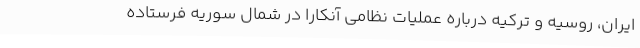
ایران، روسیه و ترکیه درباره عملیات نظامی آنکارا در شمال سوریه فرستاده